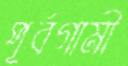
পূর্বগামী